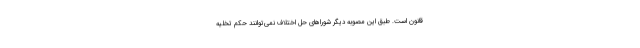
قانون است. طبق این مصوبه دیگر شوراهای حل اختلاف نمی‌توانند حکم تخلیه